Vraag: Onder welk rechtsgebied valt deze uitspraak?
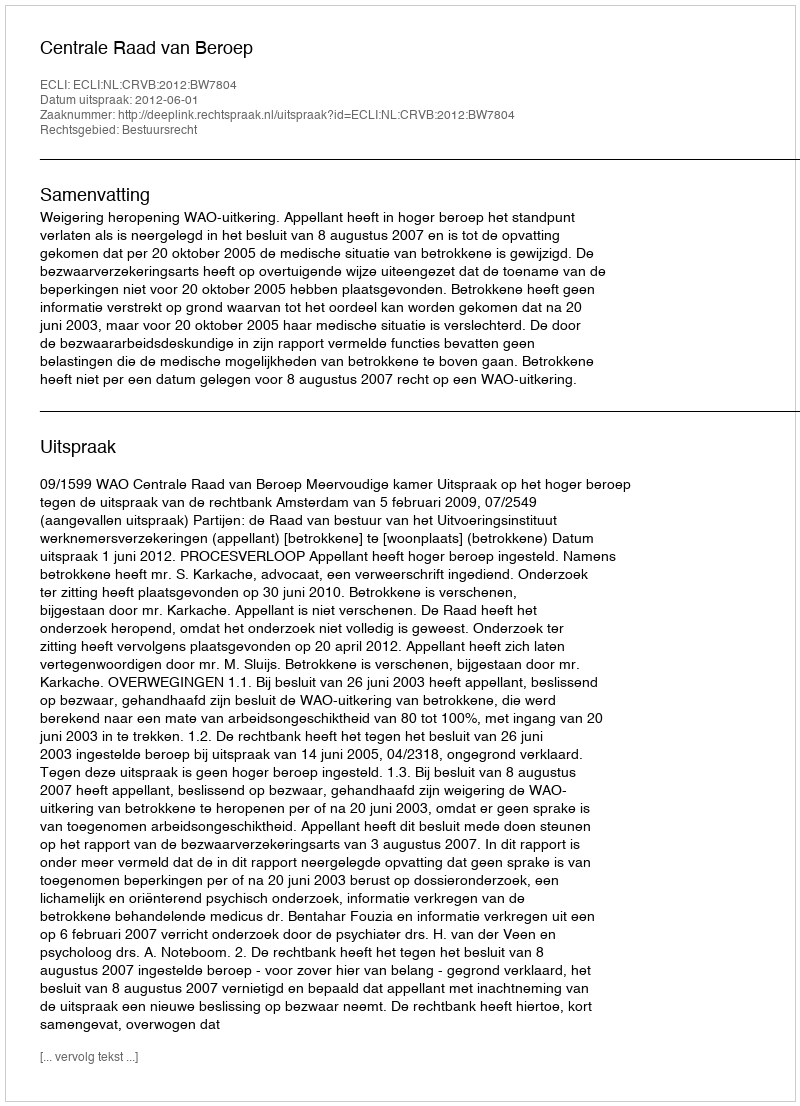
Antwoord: Bestuursrecht